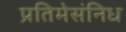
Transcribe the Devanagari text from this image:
प्रतिमेसंनिध